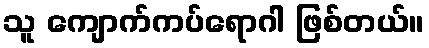
သူ ကျောက်ကပ်ရောဂါ ဖြစ်တယ်။